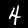
Digit: 4